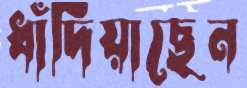
ধাঁদিয়াছেন